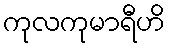
ကုလကုမာရီဟိ